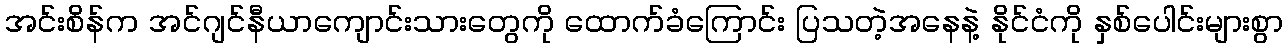
အင်းစိန်က အင်ဂျင်နီယာကျောင်းသားတွေကို ထောက်ခံကြောင်း ပြသတဲ့အနေနဲ့ နိုင်ငံကို နှစ်ပေါင်းများစွာ